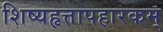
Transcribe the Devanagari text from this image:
शिष्यहृत्तापहारकम्